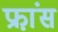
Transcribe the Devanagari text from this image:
फ्रा़ंस